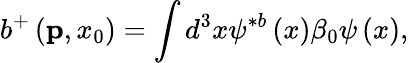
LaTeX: b^{+}\left({\mathbf p},x_{0}\right)=\int d^{3}x\psi^{\ast b}\left(x\right)\beta_{0}\psi\left(x\right),